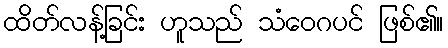
ထိတ်လန့်ခြင်း ဟူသည် သံဝေဂပင် ဖြစ်၏။